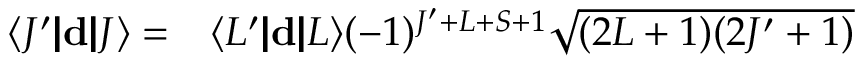
\begin{array} { r l } { \langle J ^ { \prime } | \! | \mathbf { d } | \! | J \rangle = } & { { } \langle L ^ { \prime } | \! | \mathbf { d } | \! | L \rangle ( - 1 ) ^ { J ^ { \prime } + L + S + 1 } \sqrt { ( 2 L + 1 ) ( 2 J ^ { \prime } + 1 ) } } \end{array}